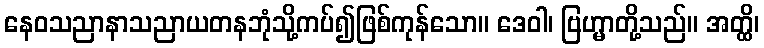
နေဝသညာနာသညာယတနဘုံသို့ကပ်၍ဖြစ်ကုန်သော။ ဒေဝါ၊ ဗြဟ္မာတို့သည်။ အတ္ထိ၊